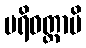
ပရိဝတ္တာမိ